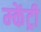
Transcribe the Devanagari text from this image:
म्केंट्री